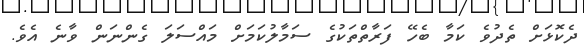
ދެކޮޅަށް ތެދުވެ ކަމާ ބެހޭ ފަރާތްތަކުގެ ސަމާލުކަމަށް މައްސަލަ ގެންނަން ވާނެ އެވެ.